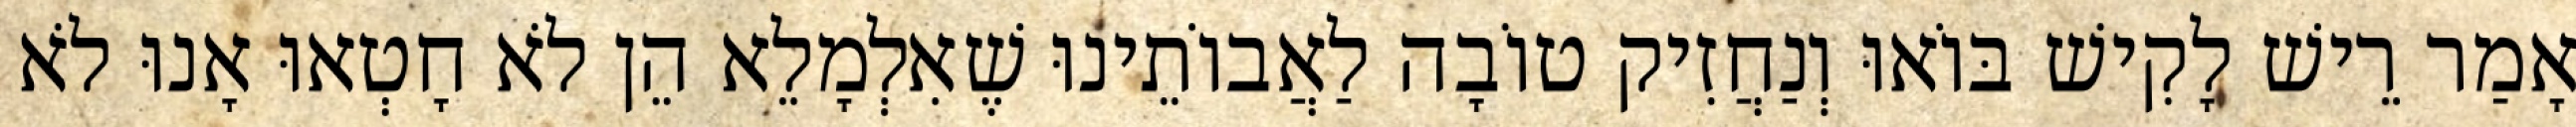
אָמַר רֵישׁ לָקִישׁ בּוֹאוּ וְנַחֲזִיק טוֹבָה לַאֲבוֹתֵינוּ שֶׁאִלְמָלֵא הֵן לֹא חָטְאוּ אָנוּ לֹא